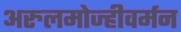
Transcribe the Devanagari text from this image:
अरुलमोज्हीवर्मन